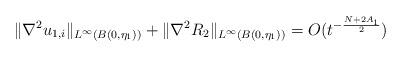
LaTeX: \begin{align*}\|\nabla^2 u_{1,i}\|_{L^\infty(B(0,\eta_1))}+\|\nabla^2 R_2\|_{L^\infty(B(0,\eta_1))}=O(t^{-\frac{N+2A_1}{2}})\end{align*}